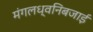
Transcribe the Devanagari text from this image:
मंगलध्वनिबजाई